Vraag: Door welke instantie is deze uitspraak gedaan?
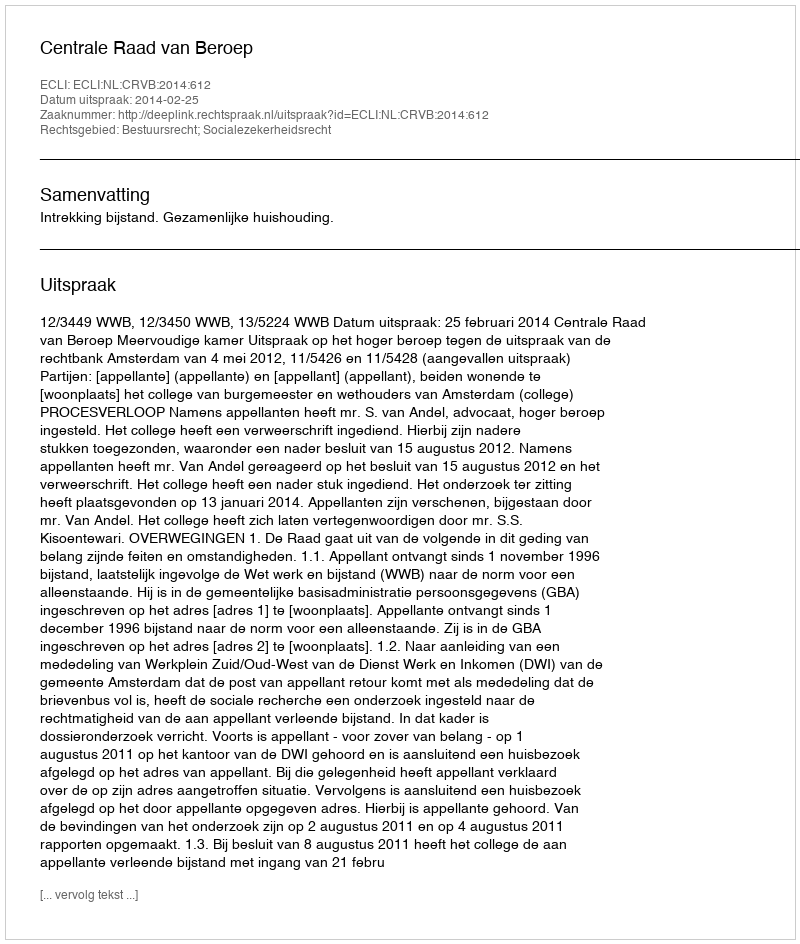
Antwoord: Centrale Raad van Beroep